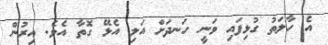
އެ ހާލަތު ގުޅިފައި ވަނީ ހަނދަށް އަލި އެޅޭ ގޮތާ އެވެ. އިރުން